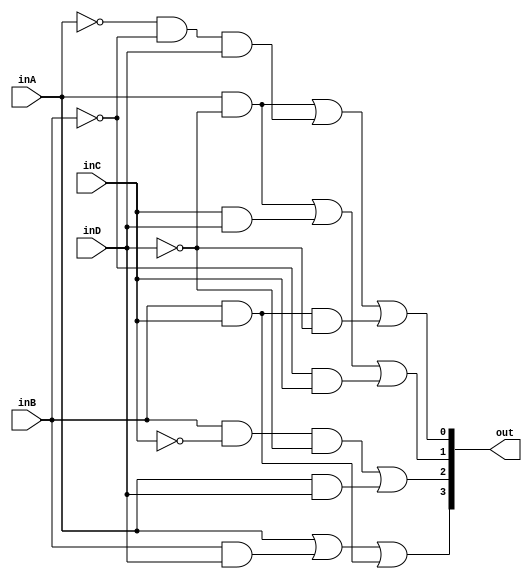
`timescale 1ns / 1ps
//////////////////////////////////////////////////////////////////////////////////
// Company: 
// Engineer: 
// 
// Design Name: 
// Module Name: Comp_Sume3
// Project Name: 
// Target Devices: 
// Tool Versions: 
// Description: 
// 
// Dependencies: 
// 
// Revision:
// Revision 0.01 - File Created
// Additional Comments:
// 
//////////////////////////////////////////////////////////////////////////////////


module Comp_Sume3(
    input inA,
    input inB,
    input inC,
    input inD,
    output [3:0] out
    );

    assign out[3] = inA | (inB & inD) | (inB & inC);
    assign out[2] = (inB & ~inC & ~inD) | (inA & inD);
    assign out[1] = (inA & ~inD) | (inC & inD) | (~inB & inC);
    assign out[0] = (inA & ~inD) | (~inA & ~inB & inD) | (inB & inC & ~inD); 

endmodule